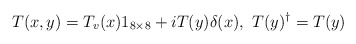
\begin{align*}T(x,y)=T_v(x)1_{8\times 8}+iT(y)\delta(x), \ T(y)^{\dag}=T(y)\end{align*}